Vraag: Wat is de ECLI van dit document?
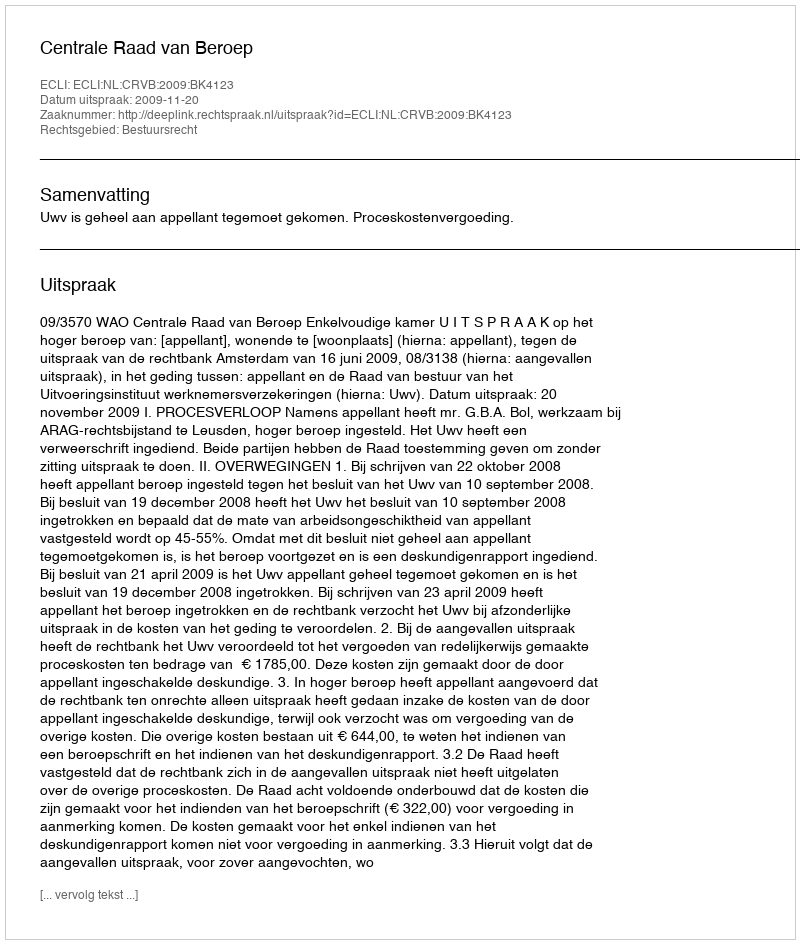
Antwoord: ECLI:NL:CRVB:2009:BK4123